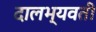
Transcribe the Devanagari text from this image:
दालभ्यवती